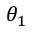
\theta _ { 1 }